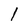
Character: l